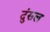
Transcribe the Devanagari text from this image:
दुंसल